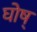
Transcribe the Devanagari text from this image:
घोष्